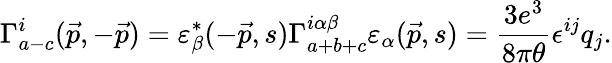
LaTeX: \Gamma_{a-c}^{i}(\vec{p},-\vec{p})=\varepsilon_{\beta}^{*}(-\vec{p},s)\Gamma_{a+b+c}^{i\alpha\beta}\varepsilon_{\alpha}(\vec{p},s)=\frac{3e^{3}}{8\pi\theta}\epsilon^{ij}q_{j}.